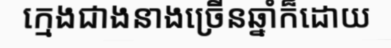
ក្មេងជាងនាងច្រើនឆ្នាំក៏ដោយ